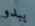
يبدو